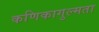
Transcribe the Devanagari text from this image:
कणिकागुल्मता